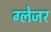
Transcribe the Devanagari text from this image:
ग्लेजर